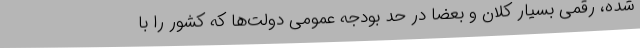
شده، رقمی بسیار کلان و بعضا در حد بودجه عمومی دولت‌ها که کشور را با